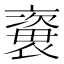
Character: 𧜍